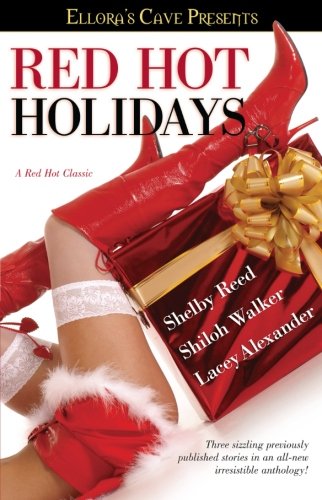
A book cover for Red Hot Holidays (Ellora's Cave); Shelby Reed; Romance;